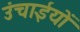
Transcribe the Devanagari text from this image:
उंचाईयों